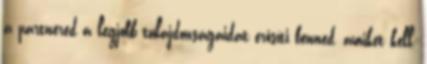
a partnered a legjobb tulajdonságaidat erősíti benned, amiket kell,